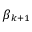
\beta _ { k + 1 }